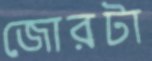
জোরটা